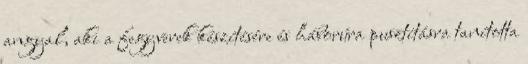
angyal, aki a fegyverek készítésére és háborúra pusztításra tanította